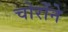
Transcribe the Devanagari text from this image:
चोरोंने